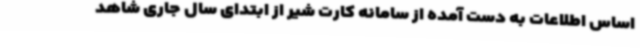
اساس اطلاعات به دست آمده از سامانه کارت شیر از ابتدای سال جاری شاهد